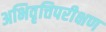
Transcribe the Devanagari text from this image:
अभिवृत्तिपरीक्षण